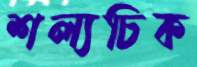
শল্যচিক